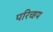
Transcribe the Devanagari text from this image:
परिच्हय